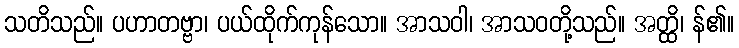
သတိသည်။ ပဟာတဗ္ဗာ၊ ပယ်ထိုက်ကုန်သော။ အာသဝါ၊ အာသဝတို့သည်။ အတ္ထိ၊ န်၏။